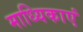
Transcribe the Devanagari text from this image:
माध्यिकाएं